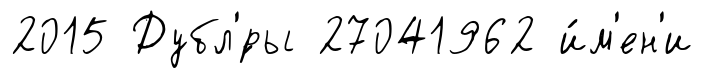
2015 Дубл'́ры 27041962 и́м'ен'и